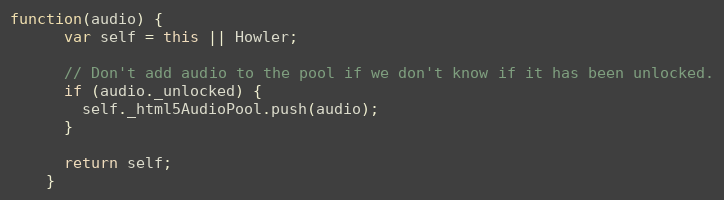
Language: JavaScript
function(audio) {
      var self = this || Howler;

      // Don't add audio to the pool if we don't know if it has been unlocked.
      if (audio._unlocked) {
        self._html5AudioPool.push(audio);
      }

      return self;
    }